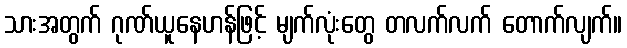
သားအတွက် ဂုဏ်ယူနေဟန်ဖြင့် မျက်လုံးတွေ တလက်လက် တောက်လျက်။